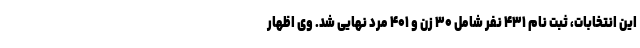
این انتخابات، ثبت نام ۴۳۱ نفر شامل ۳۰ زن و ۴۰۱ مرد نهایی شد. وی اظهار